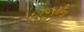
છાવણીના